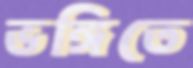
ভঙ্গিতে